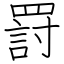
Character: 罸